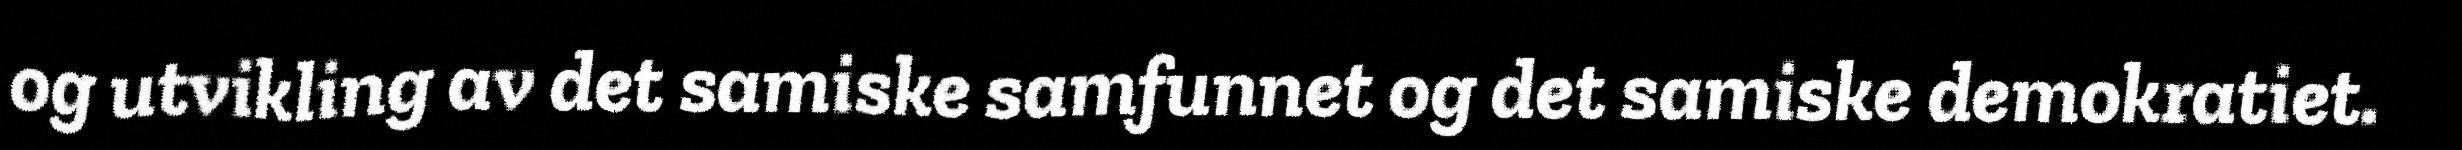
og utvikling av det samiske samfunnet og det samiske demokratiet.